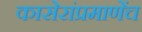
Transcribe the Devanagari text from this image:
कासेरांप्रमाणेंच